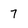
Character: 7